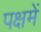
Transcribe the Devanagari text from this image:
पक्षमें